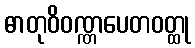
ဓာတုဝိဝဏ္ဏပေတဝတ္ထု